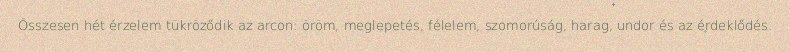
Összesen hét érzelem tükröződik az arcon: öröm, meglepetés, félelem, szomorúság, harag, undor és az érdeklődés.